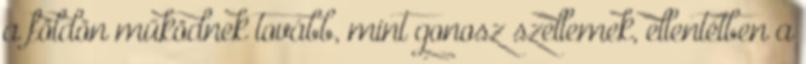
a földön működnek tovább, mint gonosz szellemek, ellentétben a